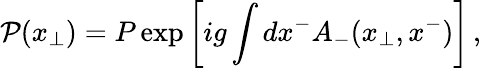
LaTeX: {\cal P}({x}_{\bot})=P\exp\left[ig\int dx^{-}A_{-}(x_{\bot},x^{-})\right]\, ,